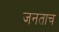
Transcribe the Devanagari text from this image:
जनताच